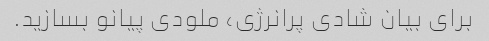
برای بیان شادی پرانرژی، ملودی پیانو بسازید.